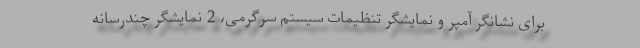
برای نشانگر آمپر و نمایشگر تنظیمات سیستم سرگرمی، 2 نمایشگر چندرسانه